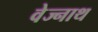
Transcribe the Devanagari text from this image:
वेज्नाथ